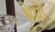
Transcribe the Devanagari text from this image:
श्रेयों